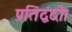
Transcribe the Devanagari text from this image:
प्रतिद्वंदी।